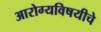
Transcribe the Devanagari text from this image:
आरोग्यविषयीचे